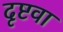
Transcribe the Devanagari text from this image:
दृष्टवा